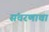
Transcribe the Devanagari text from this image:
संचरणाचा